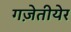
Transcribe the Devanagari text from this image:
गज़ेतीयेर